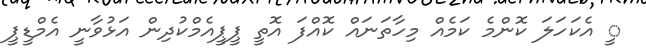
ީ އެކަހަލަ ކޮންމެ ކަމެއް މިހާތަނައް ކޮއްފަ އޮތީ ޕީޕީއެމްކުދިން އަޅުވާނީ އެމްޑީޕީ